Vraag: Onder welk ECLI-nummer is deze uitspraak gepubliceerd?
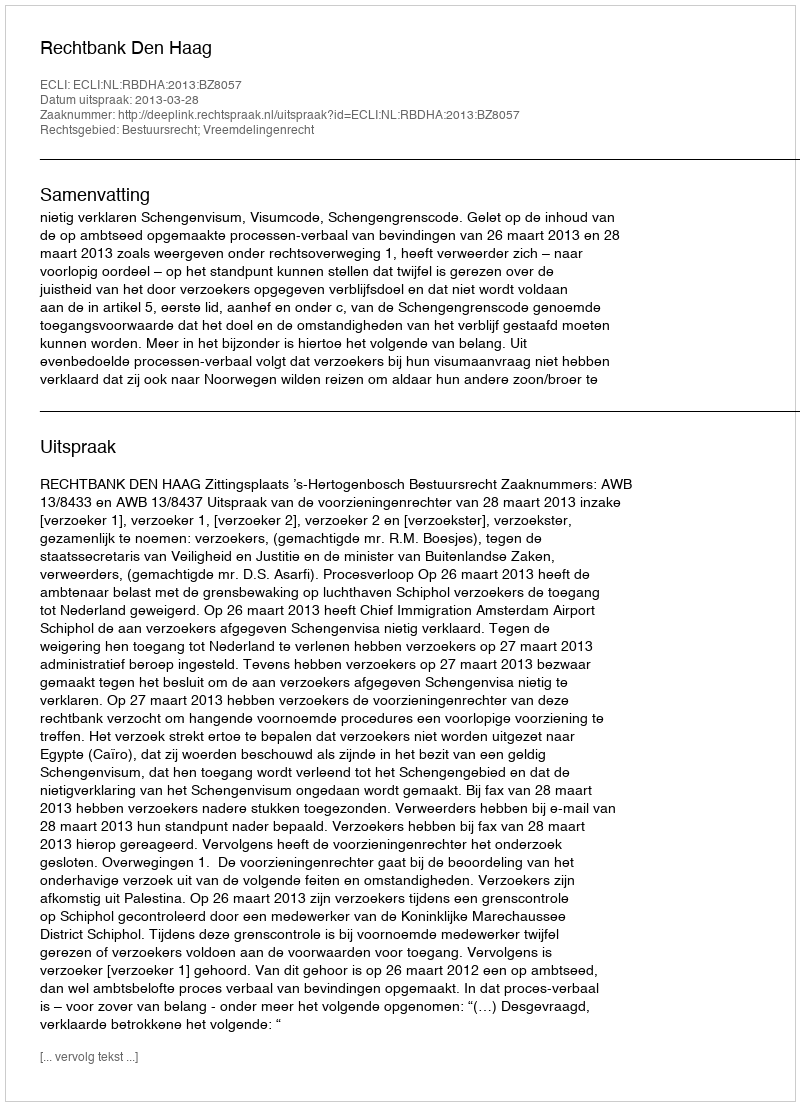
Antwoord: ECLI:NL:RBDHA:2013:BZ8057